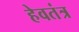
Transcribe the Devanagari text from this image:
हेवतंत्र